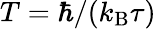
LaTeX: T=\hbar/(k_{\mathrm{B}}\tau)